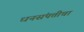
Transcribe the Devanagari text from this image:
धनसंपत्तीचा